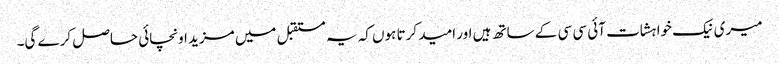
میری نیک خواہشات آئی سی سی کے ساتھ ہیں اور امید کرتا ہوں کہ یہ مستقبل میں مزید اونچائی حاصل کرے گی۔